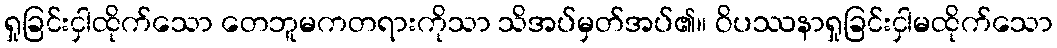
ရှုခြင်းငှါထိုက်သော တေဘူမကတရားကိုသာ သိအပ်မှတ်အပ်၏။ ဝိပဿနာရှုခြင်းငှါမထိုက်သော